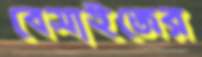
বেসাইজের